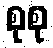
စုစု